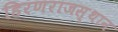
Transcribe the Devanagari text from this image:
हिरणराजस्थान